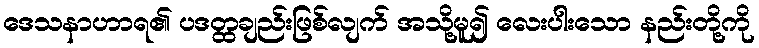
ဒေသနာဟာရ၏ ပဒတ္ထချည်းဖြစ်လျက် အသို့မူ၍ လေးပါးသော နည်းတို့ကို